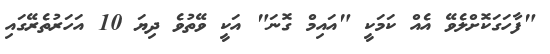
"ފާހަގަކޮށްލެވޭ އެއް ކަމަކީ "އައިމް ގޮނަ" އަކީ ވޭތުވެ ދިޔަ 10 އަހަރުތެރޭގައި